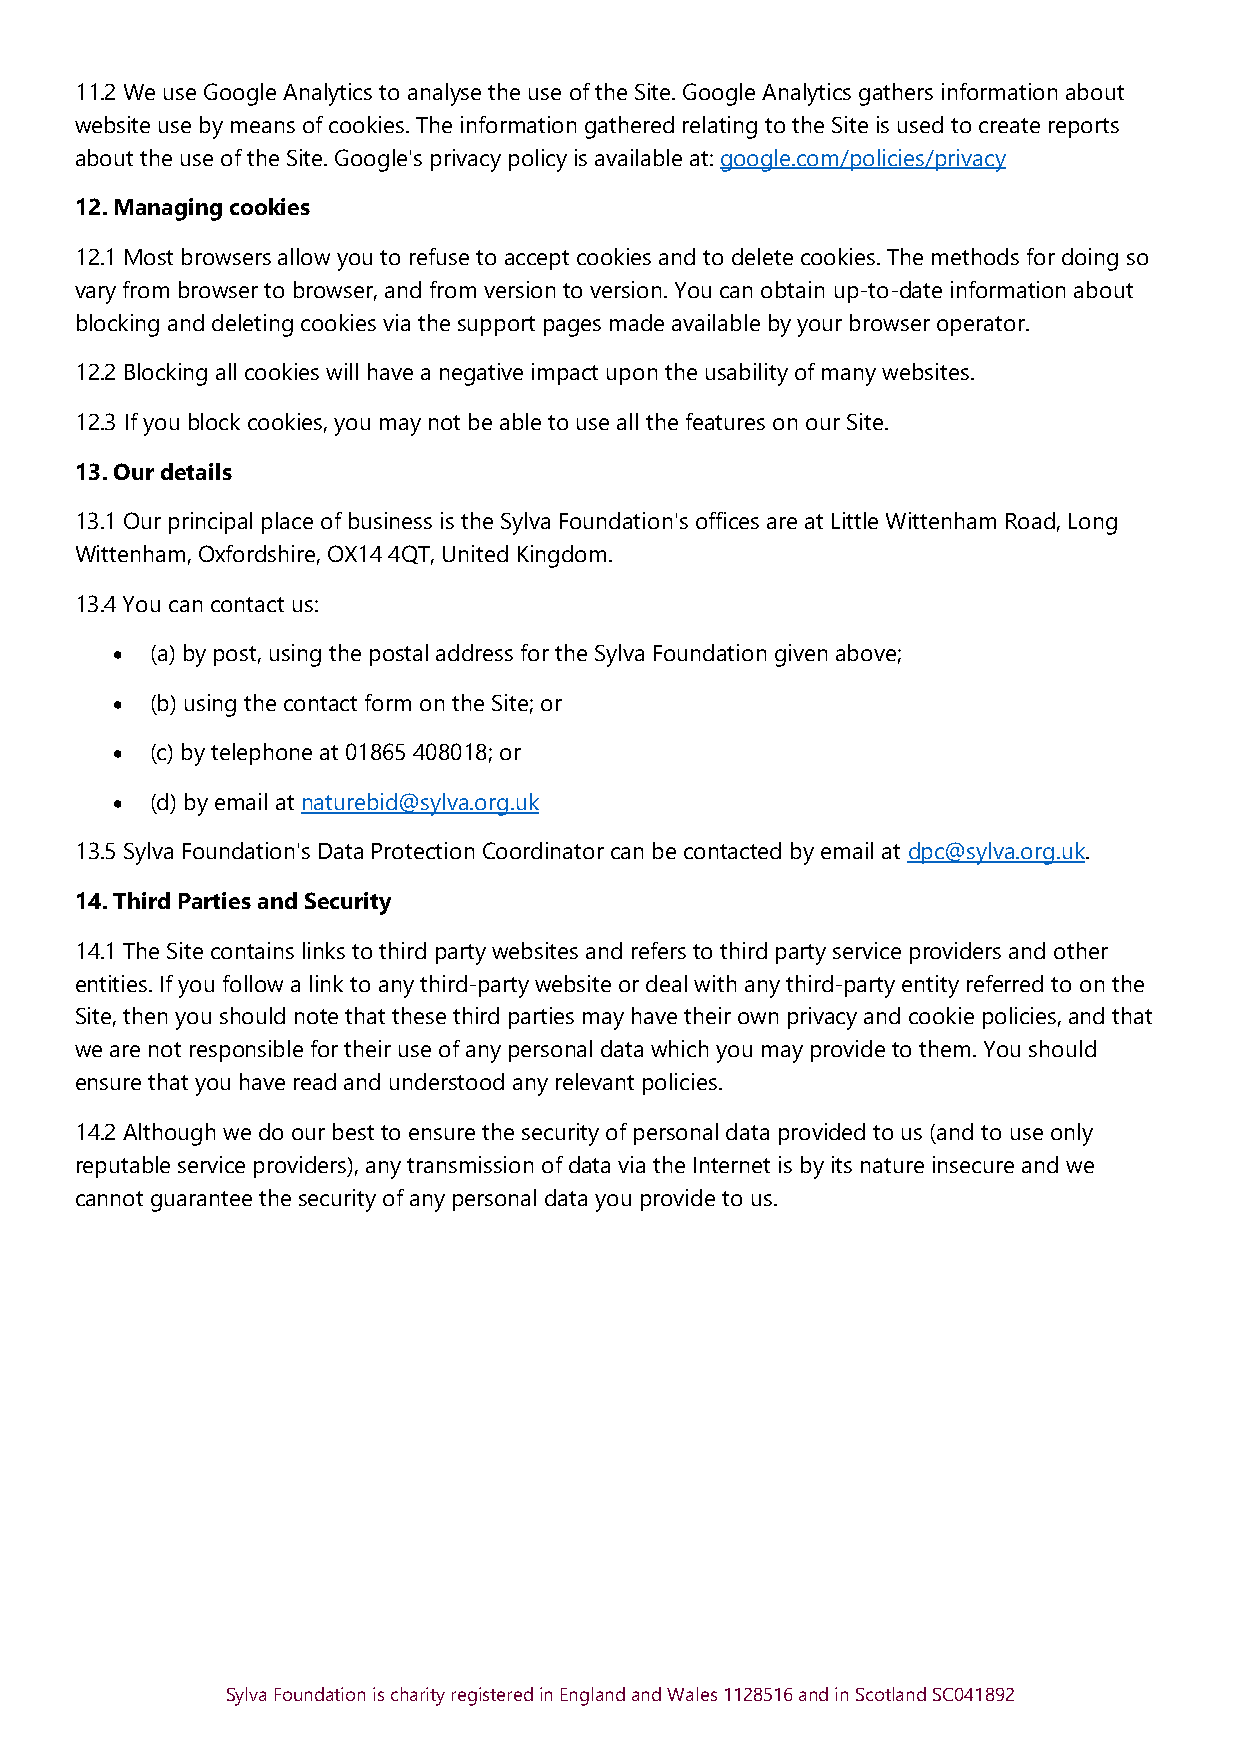
11.2 We use Google Analytics to analyse the use of the Site. Google Analytics gathers information about
 website use by means of cookies. The information gathered relating to the Site is used to create reports
 about the use of the Site. Google's privacy policy is available at: google.com/policies/privacy
 12. Managing cookies
 12.1 Most browsers allow you to refuse to accept cookies and to delete cookies. The methods for doing so
 vary from browser to browser, and from version to version. You can obtain up-to-date information about
 blocking and deleting cookies via the support pages made available by your browser operator.
 12.2 Blocking all cookies will have a negative impact upon the usability of many websites.
 12.3 If you block cookies, you may not be able to use all the features on our Site.
 13. Our details
 13.1 Our principal place of business is the Sylva Foundation's offices are at Little Wittenham Road, Long
 Wittenham, Oxfordshire, OX14 4QT, United Kingdom.
 13.4 You can contact us:
 •  (a) by post, using the postal address for the Sylva Foundation given above;
 •  (b) using the contact form on the Site; or
 •  (c) by telephone at 01865 408018; or
 •  (d) by email at naturebid@sylva.org.uk
 13.5 Sylva Foundation's Data Protection Coordinator can be contacted by email at dpc@sylva.org.uk.
 14. Third Parties and Security
 14.1 The Site contains links to third party websites and refers to third party service providers and other
 entities. If you follow a link to any third-party website or deal with any third-party entity referred to on the
 Site, then you should note that these third parties may have their own privacy and cookie policies, and that
 we are not responsible for their use of any personal data which you may provide to them. You should
 ensure that you have read and understood any relevant policies.
 14.2 Although we do our best to ensure the security of personal data provided to us (and to use only
 reputable service providers), any transmission of data via the Internet is by its nature insecure and we
 cannot guarantee the security of any personal data you provide to us.
 Sylva Foundation is charity registered in England and Wales 1128516 and in Scotland SC041892